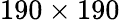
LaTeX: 190\times 190